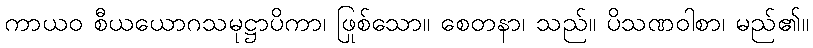
ကာယဝ စီယယောဂသမုဋ္ဌာပိကာ၊ ဖြစ်သော။ စေတနာ၊ သည်။ ပိသုဏဝါစာ၊ မည်၏။